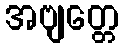
အဗျတ္တေ